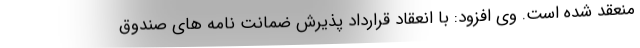
منعقد شده است. وی افزود: با انعقاد قرارداد پذیرش ضمانت نامه های صندوق